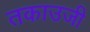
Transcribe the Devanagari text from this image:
तकाउजी